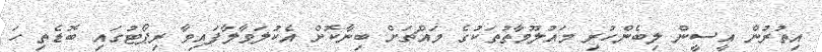
އިތުރުން އީސީން ލިބެންހުރި މައުލޫމާތުތަކުގެ މައްޗަށް ބިނާކޮށް އެކުލަވާލާފައިވާ ރިޕޯޓުގައި ބޮޑެތި ހަ